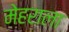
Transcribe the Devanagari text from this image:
मेहराला